Lunatic asylums United Prov. 1922-30 - 1922-1930
Year: 1922
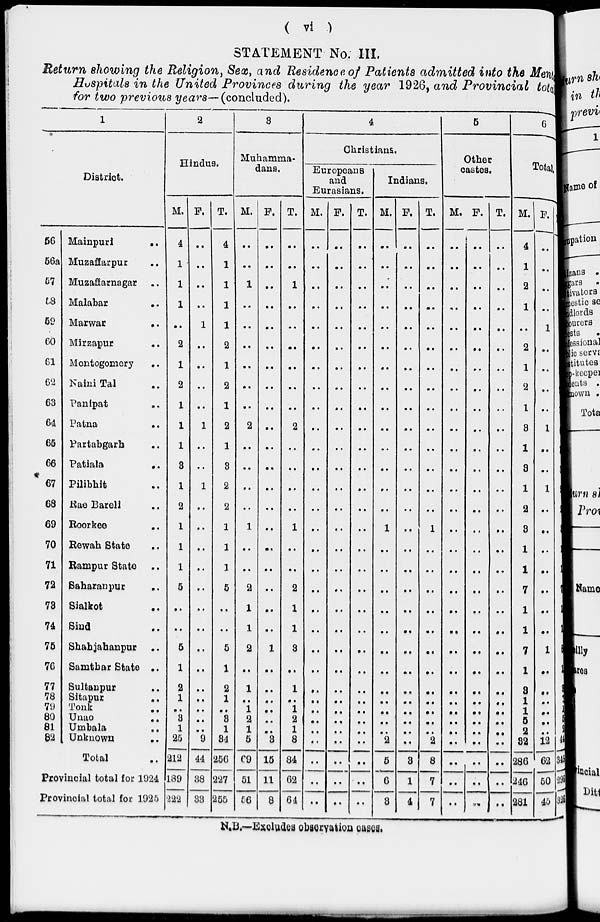
( vi )
STATEMENT No. III.
Return showing the Religion, Sex, and Residence of Patients admitted into the Mental
Hospitals in the United Provinces during the year 1926, and Provincial total
for two previous years—(concluded).
1
District.
56
56a
57
58
59
60
61
62
63
64
65
66
67
68
69
70
71
72
73
74
75
76
77
78
79
80
81
82
Mainpuri ..
Muzaffarpur ..
Muzaffarnagar ..
Malabar ..
Marwar ..
Mirzapur ..
Montogomery ..
Naini Tal ..
Panipat ..
Patna ..
Partabgarh ..
Patiala ..
Pilibhit ..
Rae Barell ..
Roorkee ..
Rewah State ..
Rampur State ..
Saharanpur ..
Sailkot ..
Sind ..
Shahjahanpur ..
Samthar State ..
Sultanpur ..
Sitapur ..
Tonk ..
Unao ..
Umbala ..
Unknown
..
Total ..
Provincial total for 1924
Provincial total for 1925
2
Hindus.
M.
4
1
1
1
..
2
1
2
1
1
1
3
1
2
1
1
1
5
..
..
5
1
2
1
..
3
1
25
212
189
222
F.
..
..
..
..
1
..
..
..
..
1
..
..
1
..
..
..
..
..
..
..
..
..
..
..
..
..
..
9
44
38
33
T.
4
1
1
1
1
2
1
2
1
2
1
3
2
2
1
1
1
5
..
..
5
1
2
1
..
3
1
34
256
227
255
3
Muhamma-
dans.
M.
..
..
1
..
..
..
..
..
..
2
..
..
..
..
1
..
..
2
1
1
2
..
1
..
1
2
1
5
69
51
56
F.
..
..
..
..
..
..
..
..
..
..
..
..
..
..
..
..
..
..
..
..
1
..
..
..
..
..
..
3
15
11
8
T.
..
..
1
..
..
..
..
..
..
2
..
..
..
..
1
..
..
2
1
1
3
..
1
..
1
2
1
8
84
62
64
4
Christians.
Europeans
and
Eurasians.
M.
..
..
..
..
..
..
..
..
..
..
..
..
..
..
..
..
..
..
..
..
..
..
..
..
..
..
..
..
..
..
..
F.
..
..
..
..
..
..
..
..
..
..
..
..
..
..
..
..
..
..
..
..
..
..
..
..
..
..
..
..
..
..
..
T.
..
..
..
..
..
..
..
..
..
..
..
..
..
..
..
..
..
..
..
..
..
..
..
..
..
..
..
..
..
..
..
Indians.
M.
..
..
..
..
..
..
..
..
..
..
..
..
..
..
1
..
..
..
..
..
..
..
..
..
..
..
..
2
5
6
3
F.
..
..
..
..
..
..
..
..
..
..
..
..
..
..
..
..
..
..
..
..
..
..
..
..
..
..
..
..
3
1
4
T.
..
..
..
..
..
..
..
..
..
..
..
..
..
..
1
..
..
..
..
..
..
..
..
..
..
..
..
2
8
7
7
5
Other
castes.
M.
..
..
..
..
..
..
..
..
..
..
..
..
..
..
..
..
..
..
..
..
..
..
..
..
..
..
..
..
..
..
..
F.
..
..
..
..
..
..
..
..
..
..
..
..
..
..
..
..
..
..
..
..
..
..
..
..
..
..
..
..
..
..
..
T.
..
..
..
..
..
..
..
..
..
..
..
..
..
..
..
..
..
..
..
..
..
..
..
..
..
..
..
..
..
..
..
6
Total.
M.
4
1
2
1
..
2
1
2
1
3
1
3
1
2
3
1
1
7
1
1
7
1
3
1
1
5
2
32
286
246
281
F.
..
..
..
..
1
..
..
..
..
1
..
..
1
..
..
..
..
..
..
..
1
..
..
..
..
..
..
12
62
50
45
T.
4
1
2
1
1
2
1
2
1
4
1
3
2
2
3
1
1
7
1
1
8
1
3
1
1
5
2 44
348
296
326
N.B.—Excludes observation cases.